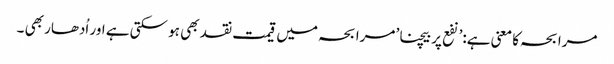
مرابحہ کا معنی ہے:’نفع پر بیچنا’ مرابحہ میں قیمت نقد بھی ہو سکتی ہے اور اُدھار بھی ۔